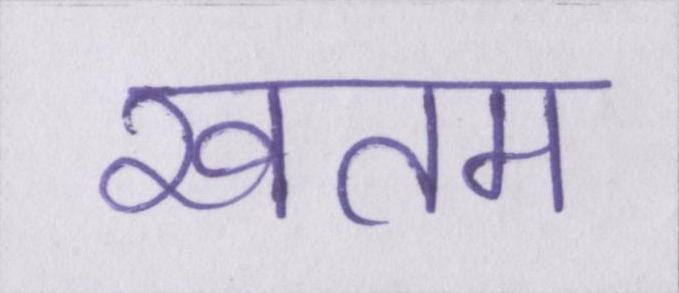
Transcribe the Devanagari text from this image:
खतम